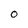
Character: O